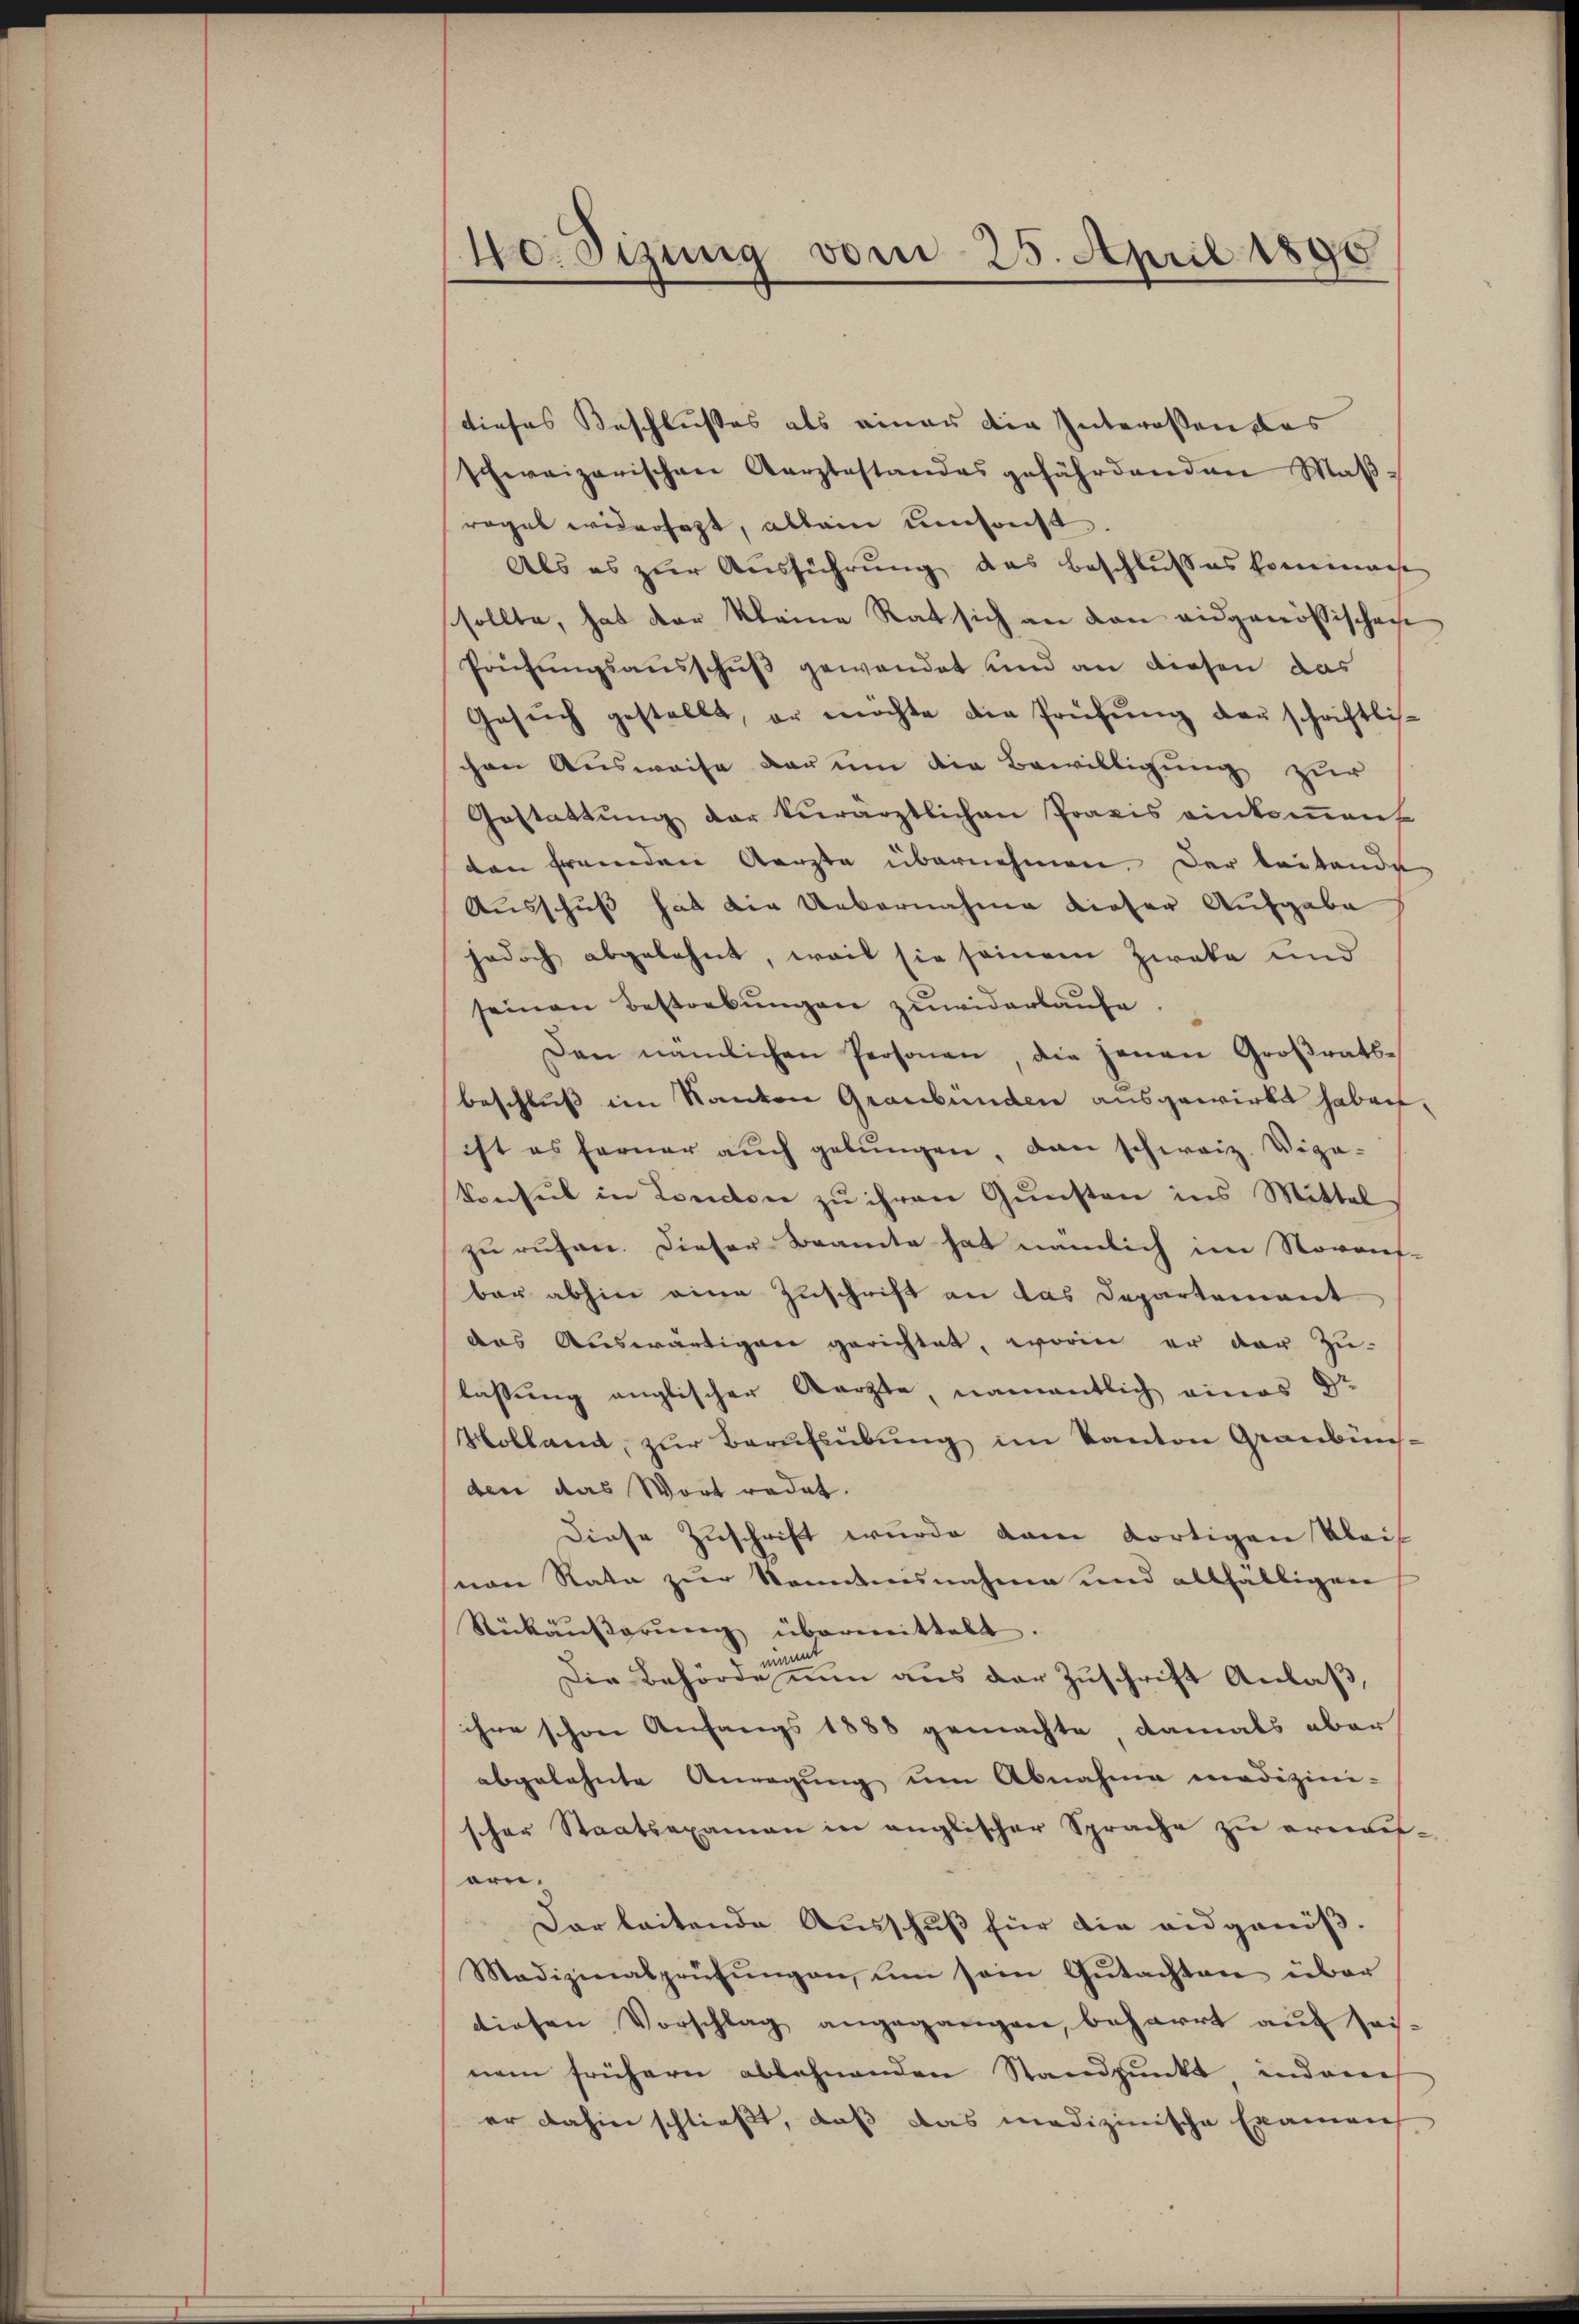
40. Sizung vom 25. April 1890

tiefes Beschlusses als einer die Interessen das
schweizerischen Aerztestandes gefährdenden Maβ-
regel widersagt, allein umsonst
Als es zur Ausführung das Beschlußes kommache
sollte, hat der kleine Rat sich an den eidgenössischen
Prüfungsausschuß gewendet und an diesen das
Gesŭch gestellt, er möchte die Prüfŭng der schriftli-
chen Ausweise dar um die Bewilligung zur
Gestattŭng der verärztlichen Praxis einkoṁen
ten fremden Aerzte übernehmen. Der leitende
Ausschuß hat die Uebernahme dieser Aufgabe
jedoch abgelehnt, weil sie seinem Zweke und
seinen Bestrebungen zuwiderlaufe
Den nämlichen Personen, die jenen Großrats-
beschluß im Kanton Graubünden ausgewirkt haben,
ist es ferner aŭch gebŭngen, dan schweiz. Viga-
konsul in London zu ihren Gunsten ins Mittel
zu ruhen. Dieser Beamte hat nämlich im Novauf-
bar abhin eine Zuschrift an das Departement
das Auswärtigen gerichtet, worin er der Zu-
lassung anglischer Aerzte, namentlich eines Dr
Hollam, zur Berufsübung im Kanton Graubünsden das Wort radat.
Diese Zuschrift wurde dann dortigen Klais
von Rata zur konntensnahme und allfälligen
Rückäŭβerŭng übermittelt.
immt
Die Behörde nun aus der Zuschrift Anlaß,
ihre schon Anfangs 1888 gemachte damals aber
abgelehnte Anregung um Abnahme medizini-
scher Staatsexamen in englischer Sprache zu erwis-
arn.
Darbeitende Ausschuß für die eidgenöß¬
Madizinalprüfŭngen, um sein Gŭtachten über
diesen Vorschlag angegangen, beharrt auf seinem frühern ablehnenden Standpunkt, indem
er dahin schließt, daß das medizinische Examens